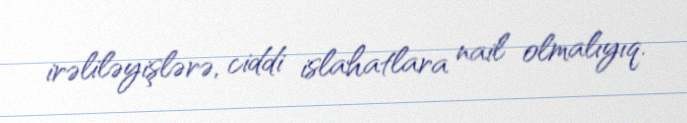
irəliləyişlərə, ciddi islahatlara nail olmalıyıq.